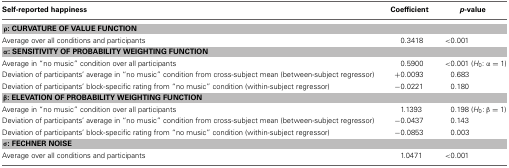
| Self-reported happiness | Coefficient | p−value |
 | --- | --- | --- |
 | <COLSPAN=3> ρ : CURVATURE OF VALUE FUNCTION |
 | Average over all conditions and participants | 0.3418 | <0.001 |
 | <COLSPAN=3> α : SENSITIVITY OF PROBABILITY WEIGHTING FUNCTION |
 | Average in “no music” condition over all participants | 0.5900 | <0.001 (H0: α = 1) |
 | Deviation of participants’ average in “no music” condition from cross-subject mean (between-subject regressor) | +0.0093 | 0.683 |
 | Deviation of participants’ block-specific rating from “no music” condition (within-subject regressor) | −0.0221 | 0.180 |
 | <COLSPAN=3> β : ELEVATION OF PROBABILITY WEIGHTING FUNCTION |
 | Average in “no music” condition over all participants | 1.1393 | 0.198 (H0: β = 1) |
 | Deviation of participants’ average in “no music” condition from cross-subject mean (between-subject regressor) | −0.0437 | 0.143 |
 | Deviation of participants’ block-specific rating from “no music” condition (within-subject regressor) | −0.0853 | 0.003 |
 | <COLSPAN=3> σ : FECHNER NOISE |
 | Average over all conditions and participants | 1.0471 | <0.001 |